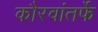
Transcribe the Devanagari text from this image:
कौरवांतर्फे